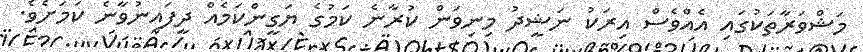
މަޝްވަރާތަކުގައި އެއްވެސް އިރަކު ނަޝީދު މިނިވަން ކުރާނެ ކަމުގެ ޔަގީންކަމެއް ދީފައިނުވާނެ ކަމަށެވެ.